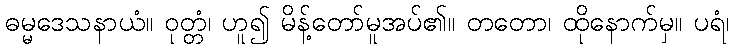
ဓမ္မဒေသနာယံ။ ဝုတ္တံ၊ ဟူ၍ မိန့်တော်မူအပ်၏။ တတော၊ ထိုနောက်မှ။ ပရံ၊